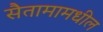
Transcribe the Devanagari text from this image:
सैतामामधील